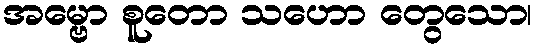
အမ္ဗော စူတော သဟော တွေသော၊